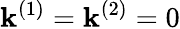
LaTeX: \mathbf{k}^{(1)}=\mathbf{k}^{(2)}=0